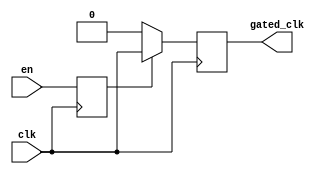
module clock_gating_buffer (
    input wire clk,        // Primary clock signal
    input wire en,         // Enable signal
    output reg gated_clk   // Gated clock output
);

// Synchronize the enable signal to the clock domain
reg en_sync;

// Clock gating logic
always @(posedge clk) begin
    en_sync <= en;  // Synchronize the enable signal
end

// Generate the gated clock based on the enable signal
always @(posedge clk) begin
    if (en_sync) begin
        gated_clk <= clk;  // Pass through the clock when enabled
    end else begin
        gated_clk <= 1'b0; // Hold the clock low when disabled
    end
end

endmodule